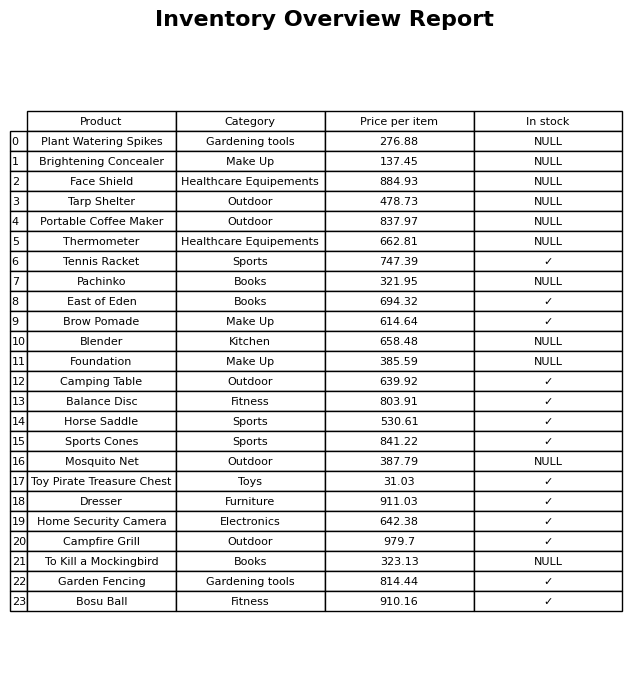
question: What is the price for To Kill a Mockingbird?
answer: The price of To Kill a Mockingbird is 323.13.